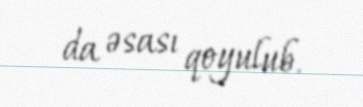
da əsası qoyulub.